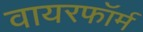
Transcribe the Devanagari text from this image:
वायरफॉर्म